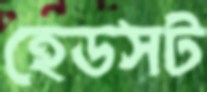
হেডসট